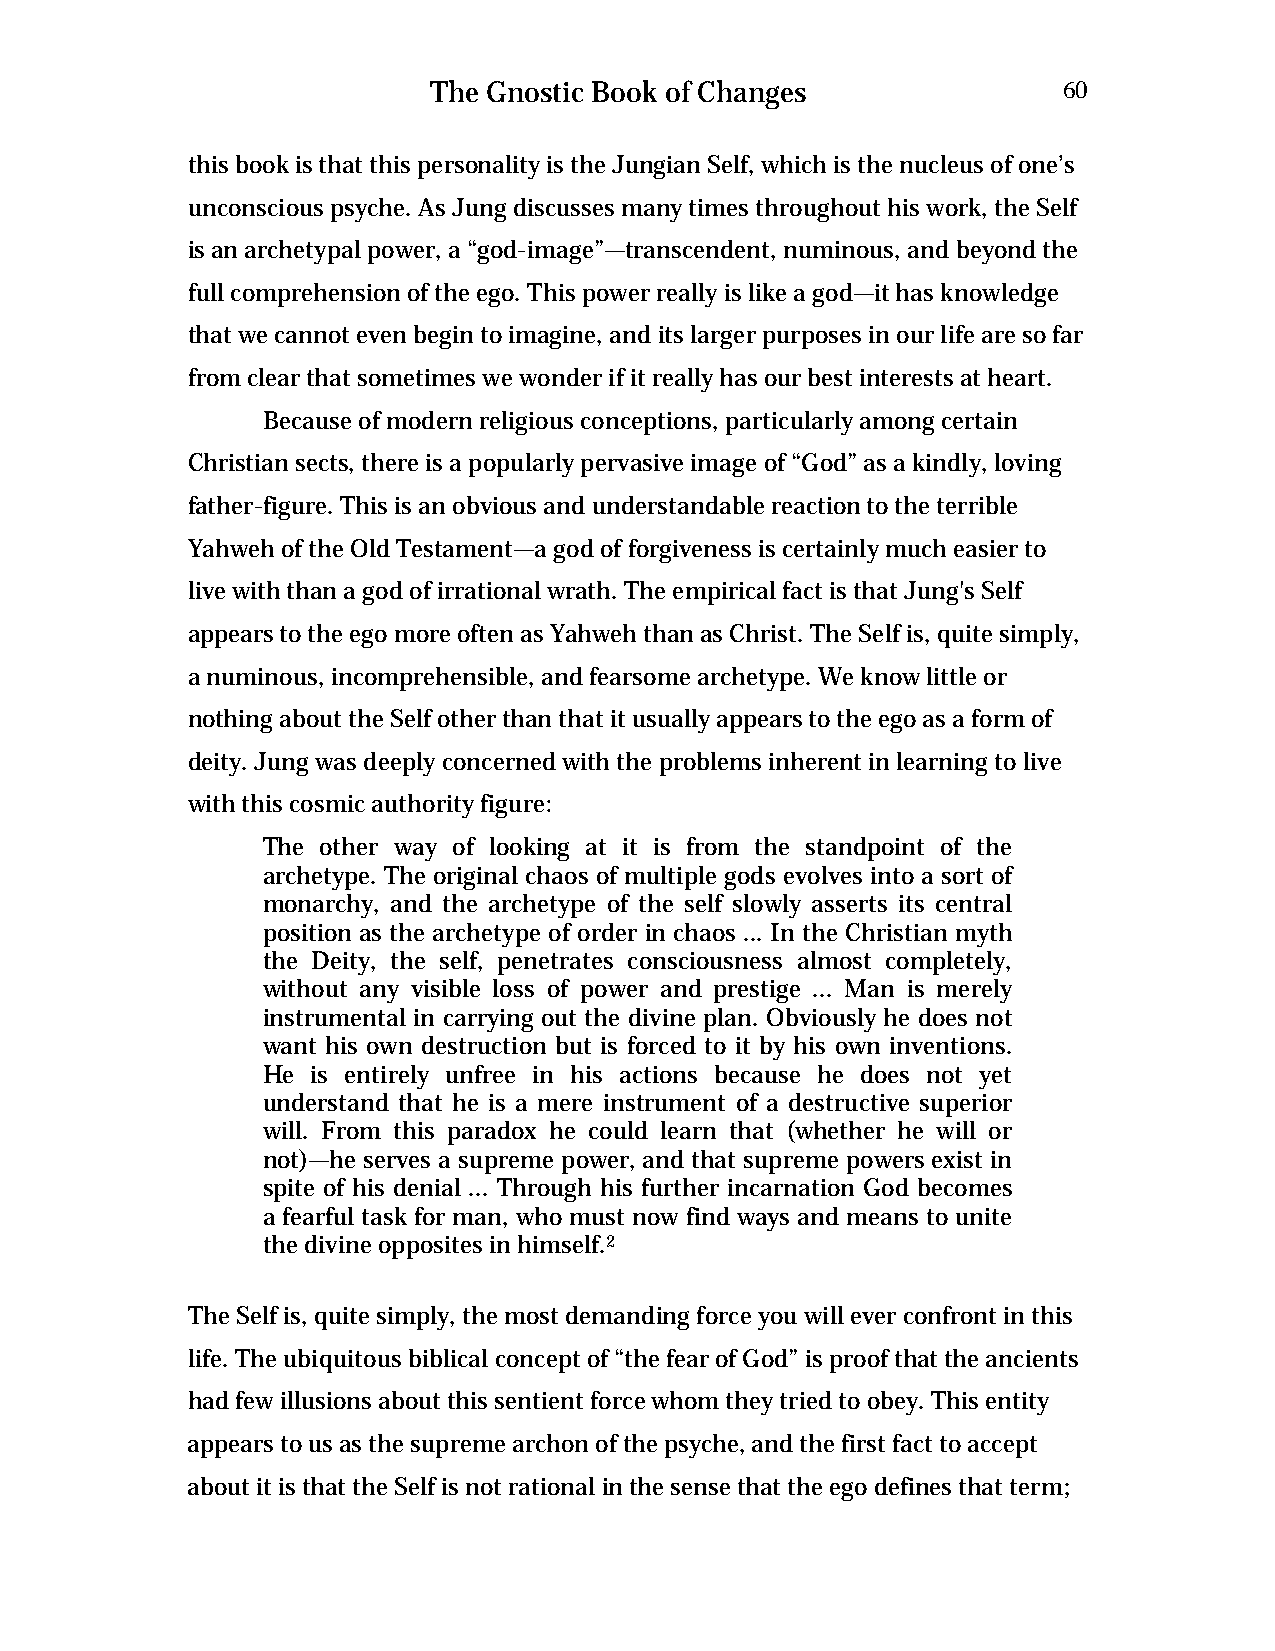
The Gnostic Book of Changes              60
 this book is that this personality is the Jungian Self, which is the nucleus of one’s
 unconscious psyche. As Jung discusses many times throughout his work, the Self
 is an archetypal power, a “god-image”—transcendent, numinous, and beyond the
 full comprehension of the ego. This power really is like a god—it has knowledge
 that we cannot even begin to imagine, and its larger purposes in our life are so far
 from clear that sometimes we wonder if it really has our best interests at heart.
 Because of modern religious conceptions, particularly among certain
 Christian sects, there is a popularly pervasive image of “God” as a kindly, loving
 father-figure. This is an obvious and understandable reaction to the terrible
 Yahweh of the Old Testament—a god of forgiveness is certainly much easier to
 live with than a god of irrational wrath. The empirical fact is that Jung's Self
 appears to the ego more often as Yahweh than as Christ. The Self is, quite simply,
 a numinous, incomprehensible, and fearsome archetype. We know little or
 nothing about the Self other than that it usually appears to the ego as a form of
 deity. Jung was deeply concerned with the problems inherent in learning to live
 with this cosmic authority figure:
 The other way of looking at it is from the standpoint of the
 archetype. The original chaos of multiple gods evolves into a sort of
 monarchy, and the archetype of the self slowly asserts its central
 position as the archetype of order in chaos ... In the Christian myth
 the Deity, the self, penetrates consciousness almost completely,
 without any visible loss of power and prestige ... Man is merely
 instrumental in carrying out the divine plan. Obviously he does not
 want his own destruction but is forced to it by his own inventions.
 He  is entirely unfree in his actions because he does not yet
 understand that he is a mere instrument of a destructive superior
 will. From this paradox he could learn that (whether he will or
 not)—he serves a supreme power, and that supreme powers exist in
 spite of his denial ... Through his further incarnation God becomes
 a fearful task for man, who must now find ways and means to unite
 the divine opposites in himself.2
 The Self is, quite simply, the most demanding force you will ever confront in this
 life. The ubiquitous biblical concept of “the fear of God” is proof that the ancients
 had few illusions about this sentient force whom they tried to obey. This entity
 appears to us as the supreme archon of the psyche, and the first fact to accept
 about it is that the Self is not rational in the sense that the ego defines that term;